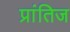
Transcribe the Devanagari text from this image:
प्रांतिज